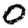
Digit: 0